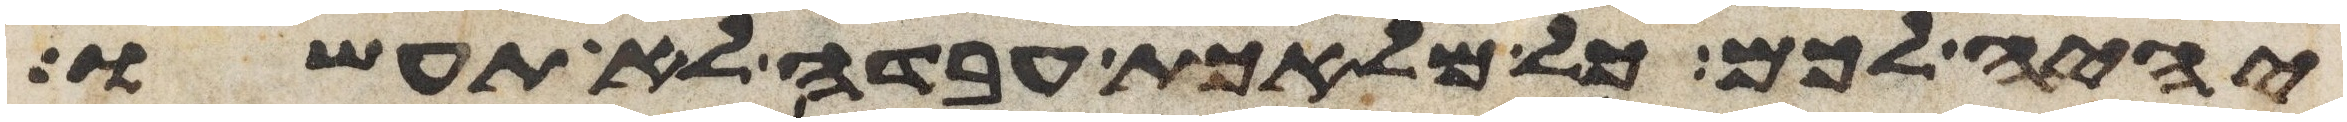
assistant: יהיה לכם כל מלאכת עבדה לא תעשו